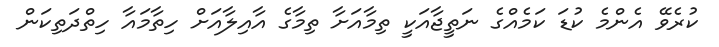
ކުރެވޭ އެންމެ ކުޑަ ކަމެއްގެ ނަތީޖާއަކީ ތިމާއަށާ ތިމާގެ އާއިލާއަށް ހިތާމައާ ހިތްދަތިކަން